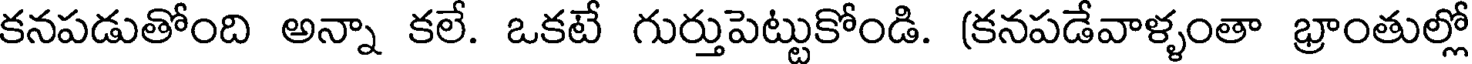
కనపడుతోంది అన్నా కలే. ఒకటే గుర్తుపెట్టుకోండి. (కనపడేవాళ్ళంతా భ్రాంతుల్లో